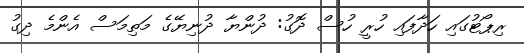
ރިޕޯޓުގައި ހަދާފައި ހުރީ ހުސް ދޮގު: ދުންޔާ ދުނިޔޭގެ މަތިމަސް އެންމެ ދިގު